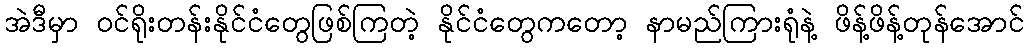
အဲဒီမှာ ဝင်ရိုးတန်းနိုင်ငံတွေဖြစ်ကြတဲ့ နိုင်ငံတွေကတော့ နာမည်ကြားရုံနဲ့ ဖိန့်ဖိန့်တုန်အောင်